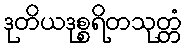
ဒုတိယဒုစ္စရိတသုတ္တံ